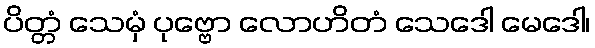
ပိတ္တံ သေမှံ ပုဗ္ဗော လောဟိတံ သေဒေါ မေဒေါ၊